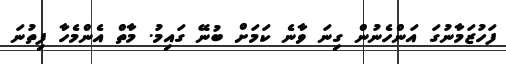
ފަހުޒަމާނުގަ އަންހެނުން ގިނަ ވާނެ ކަމަށް ބުނޭ ގައިމު. މާތް އެންމެހާ ފިތުނަ